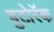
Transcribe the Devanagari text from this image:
बुटोरॅक